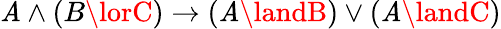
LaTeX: \mathit{A}\land(B\lorC)\to(\mathit{A}\landB)\lor(\mathit{A}\landC)